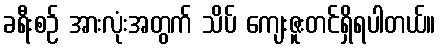
ခရီးစဉ် အားလုံးအတွက် သိပ် ကျေးဇူးတင်ရှိရပါတယ်။